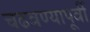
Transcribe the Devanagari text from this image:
चढवण्यापूर्वी